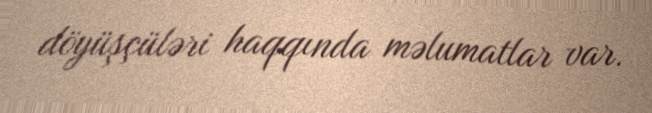
döyüşçüləri haqqında məlumatlar var.